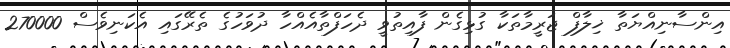
އިންސާނިއްޔަތާ ޚިލާފް ޖަރީމާތަކާ ގުޅިގެން ފާއިތުވީ ދެހަފްތާއެއްހާ ދުވަހުގެ ތެރޭގައި އެކަނިވެސް 270000